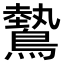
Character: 𬷮